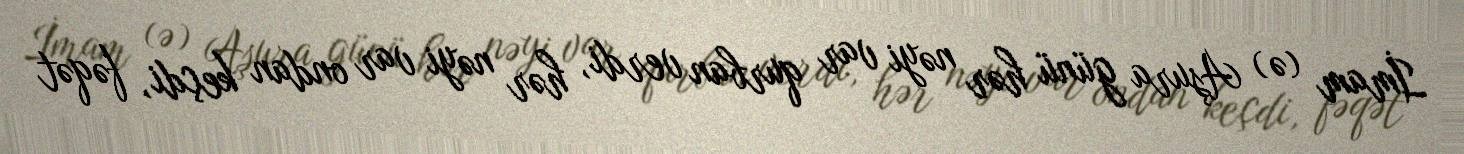
İmam (ə) Aşura günü hər nəyi var qurban verdi, hər nəyi var ondan keçdi, fəqət